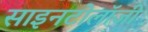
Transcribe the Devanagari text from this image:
साइनटोलॉजी